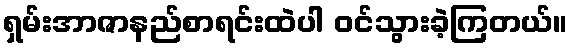
ရှမ်းအာဇာနည်စာရင်းထဲပါ ဝင်သွားခဲ့ကြတယ်။